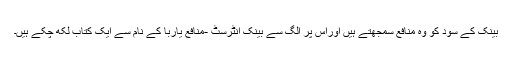
بینک کے سود کو وہ منافع سمجھتے ہیں اوراس پر الگ سے بینک انٹرسٹ -منافع یاربا کے نام سے ایک کتاب لکھ چکے ہیں۔